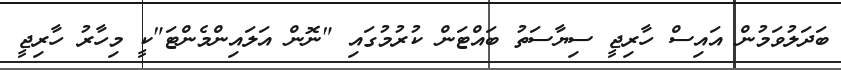
ބަދަލުވަމުން އައިސް ހާރިޖީ ސިޔާސަތު ބައްޓަން ކުރުމުގައި "ނޮން އަލައިންމެންޓަ"ކީ މިހާރު ހާރިޖީ